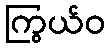
ကြွယ်ဝ